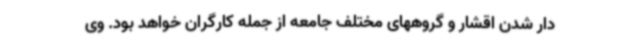
دار شدن اقشار و گروههای مختلف جامعه از جمله کارگران خواهد بود. وی